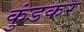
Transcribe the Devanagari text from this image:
कुंडकर